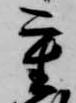
重